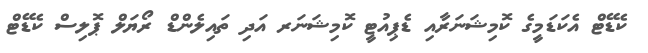
ކެޑޭޓް އެކަޑަމީގެ ކޮމިޝަނަރާއި ޑެޕިއުޓީ ކޮމިޝަނަރ އަދި ތައިލެންޑް ރޯޔަލް ޕޮލިސް ކެޑޭޓް